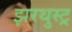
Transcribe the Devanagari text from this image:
झरथुस्ट्र